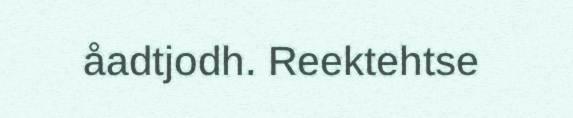
åadtjodh. Reektehtse